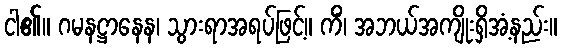
ငါ၏။ ဂမနဋ္ဌာနေန၊ သွားရာအရပ်ဖြင့်။ ကိံ၊ အဘယ်အကျိုးရှိအံ့နည်း။